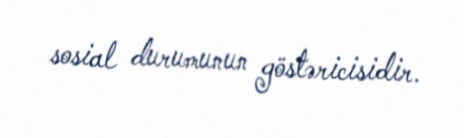
sosial durumunun göstəricisidir.